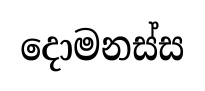
දොමනස්ස